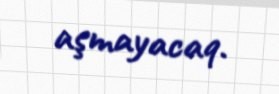
aşmayacaq.